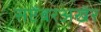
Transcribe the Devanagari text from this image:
सप्टेंबरअखेर